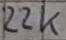
Text: 22k